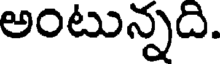
అంటున్నది.